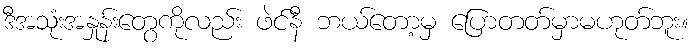
ဒီအသုံးအနှုန်းတွေကိုလည်း ဖဲင်နီ ဘယ်တော့မှ ပြောတတ်မှာမဟုတ်ဘူး။